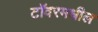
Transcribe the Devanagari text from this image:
टॉवरमधील